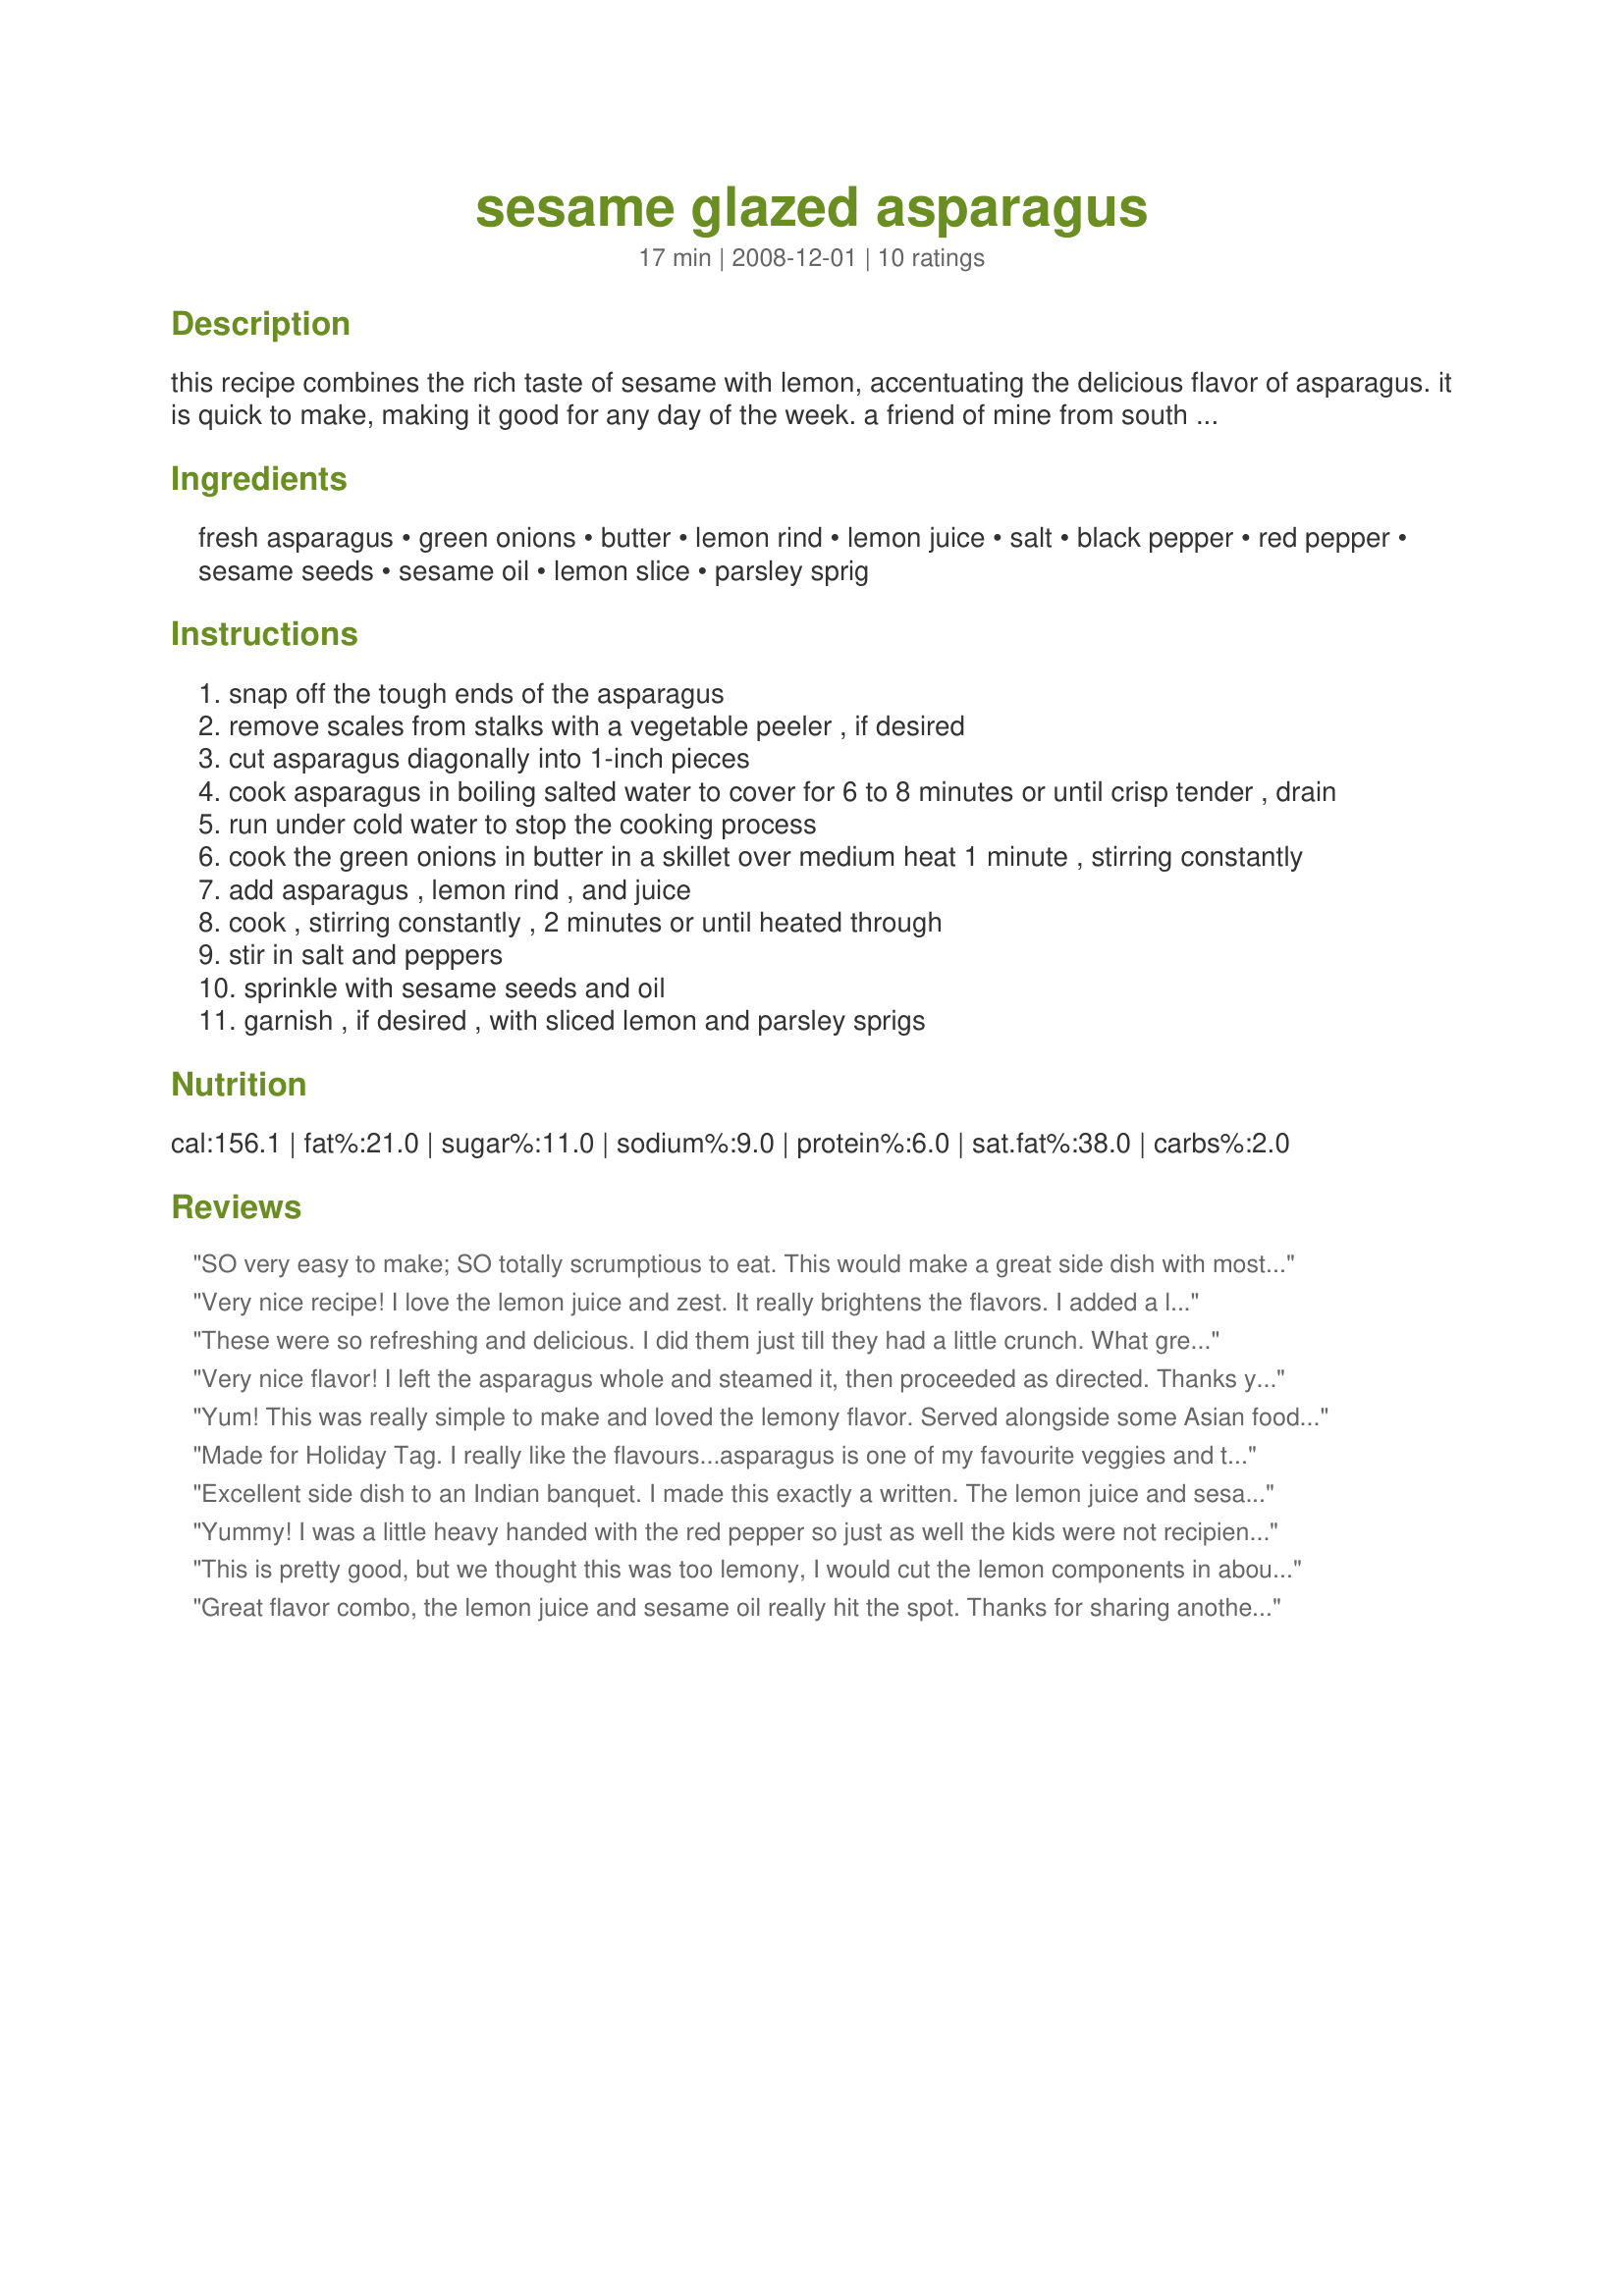
sesame glazed asparagus
Preparation time: 17 minutes

this recipe combines the rich taste of sesame with lemon, accentuating the delicious flavor of asparagus. it is quick to make, making it good for any day of the week. a friend of mine from south dakota said asparagus grows wild in the ditches there....almost makes me want to move from sunny florida to cold south dakota! this recipe originally came from a cookbook called "savory secrets: a collection of st. louis recipes".

Ingredients:
fresh asparagus, green onions, butter, lemon rind, lemon juice, salt, black pepper, red pepper, sesame seeds, sesame oil, lemon slice, parsley sprig

Steps:
snap off the tough ends of the asparagus
remove scales from stalks with a vegetable peeler , if desired
cut asparagus diagonally into 1-inch pieces
cook asparagus in boiling salted water to cover for 6 to 8 minutes or until crisp tender , drain
run under cold water to stop the cooking process
cook the green onions in butter in a skillet over medium heat 1 minute , stirring constantly
add asparagus , lemon rind , and juice
cook , stirring constantly , 2 minutes or until heated through
stir in salt and peppers
sprinkle with sesame seeds and oil
garnish , if desired , with sliced lemon and parsley sprigs

Reviews:
SO very easy to make; SO totally scrumptious to eat. This would make a great side dish with most main courses. I omitted the red pepper but was generous with the black pepper (personal taste preferences). Loved the sesame seeds and sesame oil - and the lemon flavours. All blended beautifully. On no account substitute another oil! Thank you so much for sharing this super recipe, breezermom: a well-deserved 5 stars! It's one I'll happily make again. Made for Everyday is a Holiday!
Very nice recipe! I love the lemon juice and zest. It really brightens the flavors. I added a little bit more red pepper. Thanks for an easy and delicious recipe!
These were so refreshing and delicious. I did them just till they had a little crunch. What great flavored asparagus! I had with Recipe #134871, and it was a meal to remember! Thank you for sharing your recipe with us Breezermom! Made for Zaar Stars 1/08 Linda
Very nice flavor! I left the asparagus whole and steamed it, then proceeded as directed. Thanks you for a tasty dish!
Yum! This was really simple to make and loved the lemony flavor. Served alongside some Asian food and it made a great side. Thanks breezer for yet another winner. Made for Zaar Stars Tag.
Made for Holiday Tag.
I really like the flavours...asparagus is one of my favourite veggies and this was a really nice version.
Excellent side dish to an Indian banquet. I made this exactly a written. The lemon juice and sesame seeds and oil make this recipe a real winner. Thanks for sharing.
Yummy! I was a little heavy handed with the red pepper so just as well the kids were not recipients. The sesame oil and seed are a Must for this recipe, they give a little extra flavour and texture and all together everything works well together. I didn't boil my asparagus, just washed and trimmed it and popped it into the fry pan with the green onions, they cooked in less that 2 minutes. Please see my Rating System: 4 lovely stars for a tasty asparagus recipe. Thanks!
This is pretty good, but we thought this was too lemony, I would cut the lemon components in about fourth and will make it again this way.
Great flavor combo, the lemon juice and sesame oil really hit the spot. Thanks for sharing another yummy recipe.
